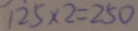
1 2 5 \times 2 = 2 5 0